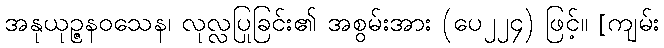
အနုယုဉ္ဇနဝသေန၊ လုလ္လပြုခြင်း၏ အစွမ်းအား (ပေ၂၂၄) ဖြင့်။ [ကျမ်း